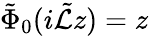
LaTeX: \tilde{\Phi}_{0}(i\tilde{\mathcal{L}}z)=z